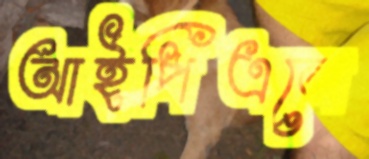
আইপিএলে